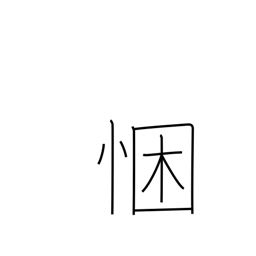
Meaning: sincerity